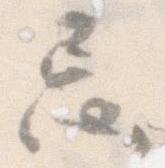
忌